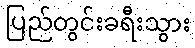
ပြည်တွင်းခရီးသွား